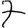
Digit: 7